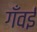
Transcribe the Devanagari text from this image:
गँवईं